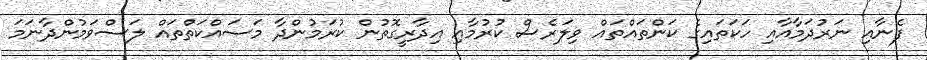
ފެނާއި ނަރުދަމާއާއި ހަކަތައިގެ ކަންތައްތައް ވިލަރެސް ކުރުމާއި އިދާރީގޮތުން ކުރަމުންދާ މަސައްކަތްތައް ލަސްވަމުންދާނަމަ